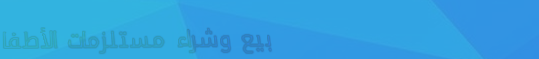
بيع وشراء مستلزمات الأطفا